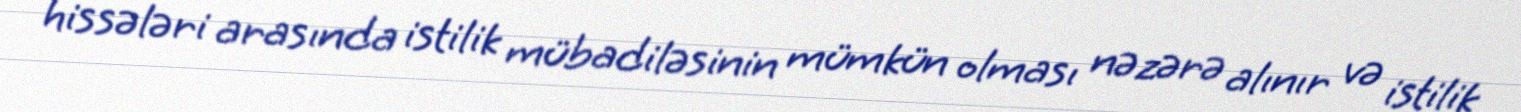
hissələri arasında istilik mübadiləsinin mümkün olması nəzərə alınır və istilik